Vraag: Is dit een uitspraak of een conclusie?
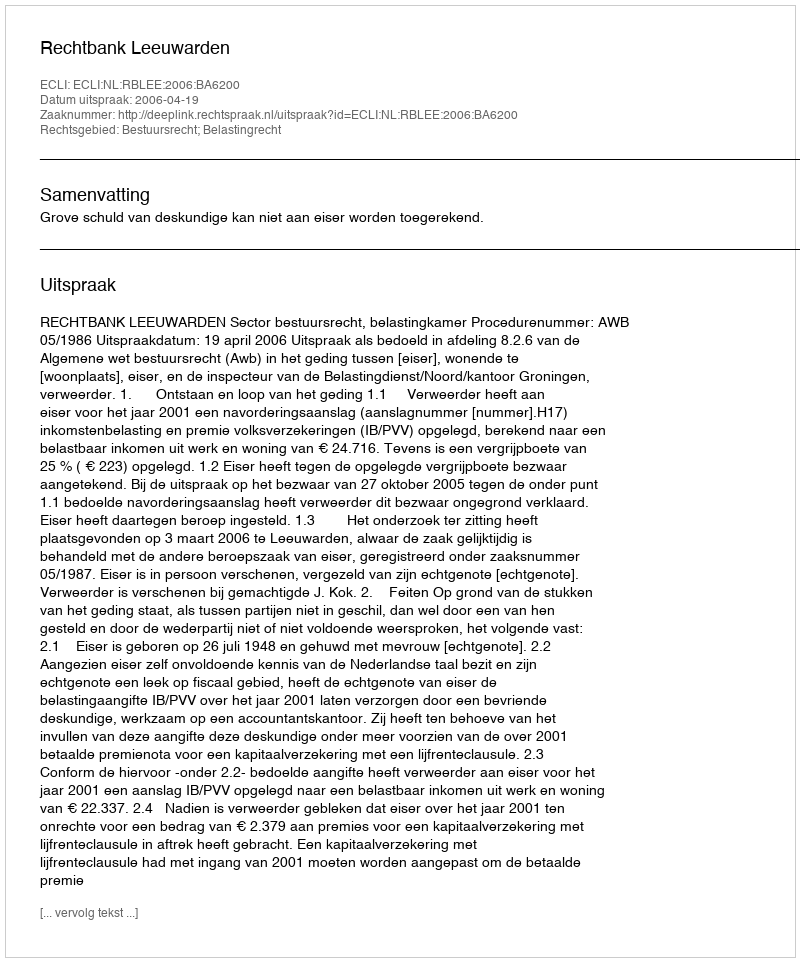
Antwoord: Uitspraak